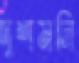
দুশমনি